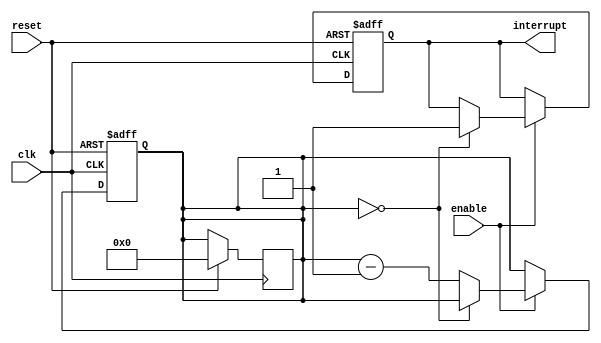
module watchdog_timer (
  input wire clk,
  input wire reset,
  input wire enable,
  output reg interrupt
);

reg [15:0] countdown;

always @(posedge clk or posedge reset) begin
  if (reset) begin
    countdown <= 16'b0000_0000_0000_0000;
    interrupt <= 0;
  end else if (enable) begin
    if (countdown == 16'b0000_0000_0000_0000) begin
      interrupt <= 1;
    end else begin
      countdown <= countdown - 1;
    end
  end
end

always @ (posedge clk) begin
  if (reset) begin
    countdown <= 16'b0000_0000_0000_0000;
  end
end

endmodule